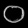
Digit: ၀